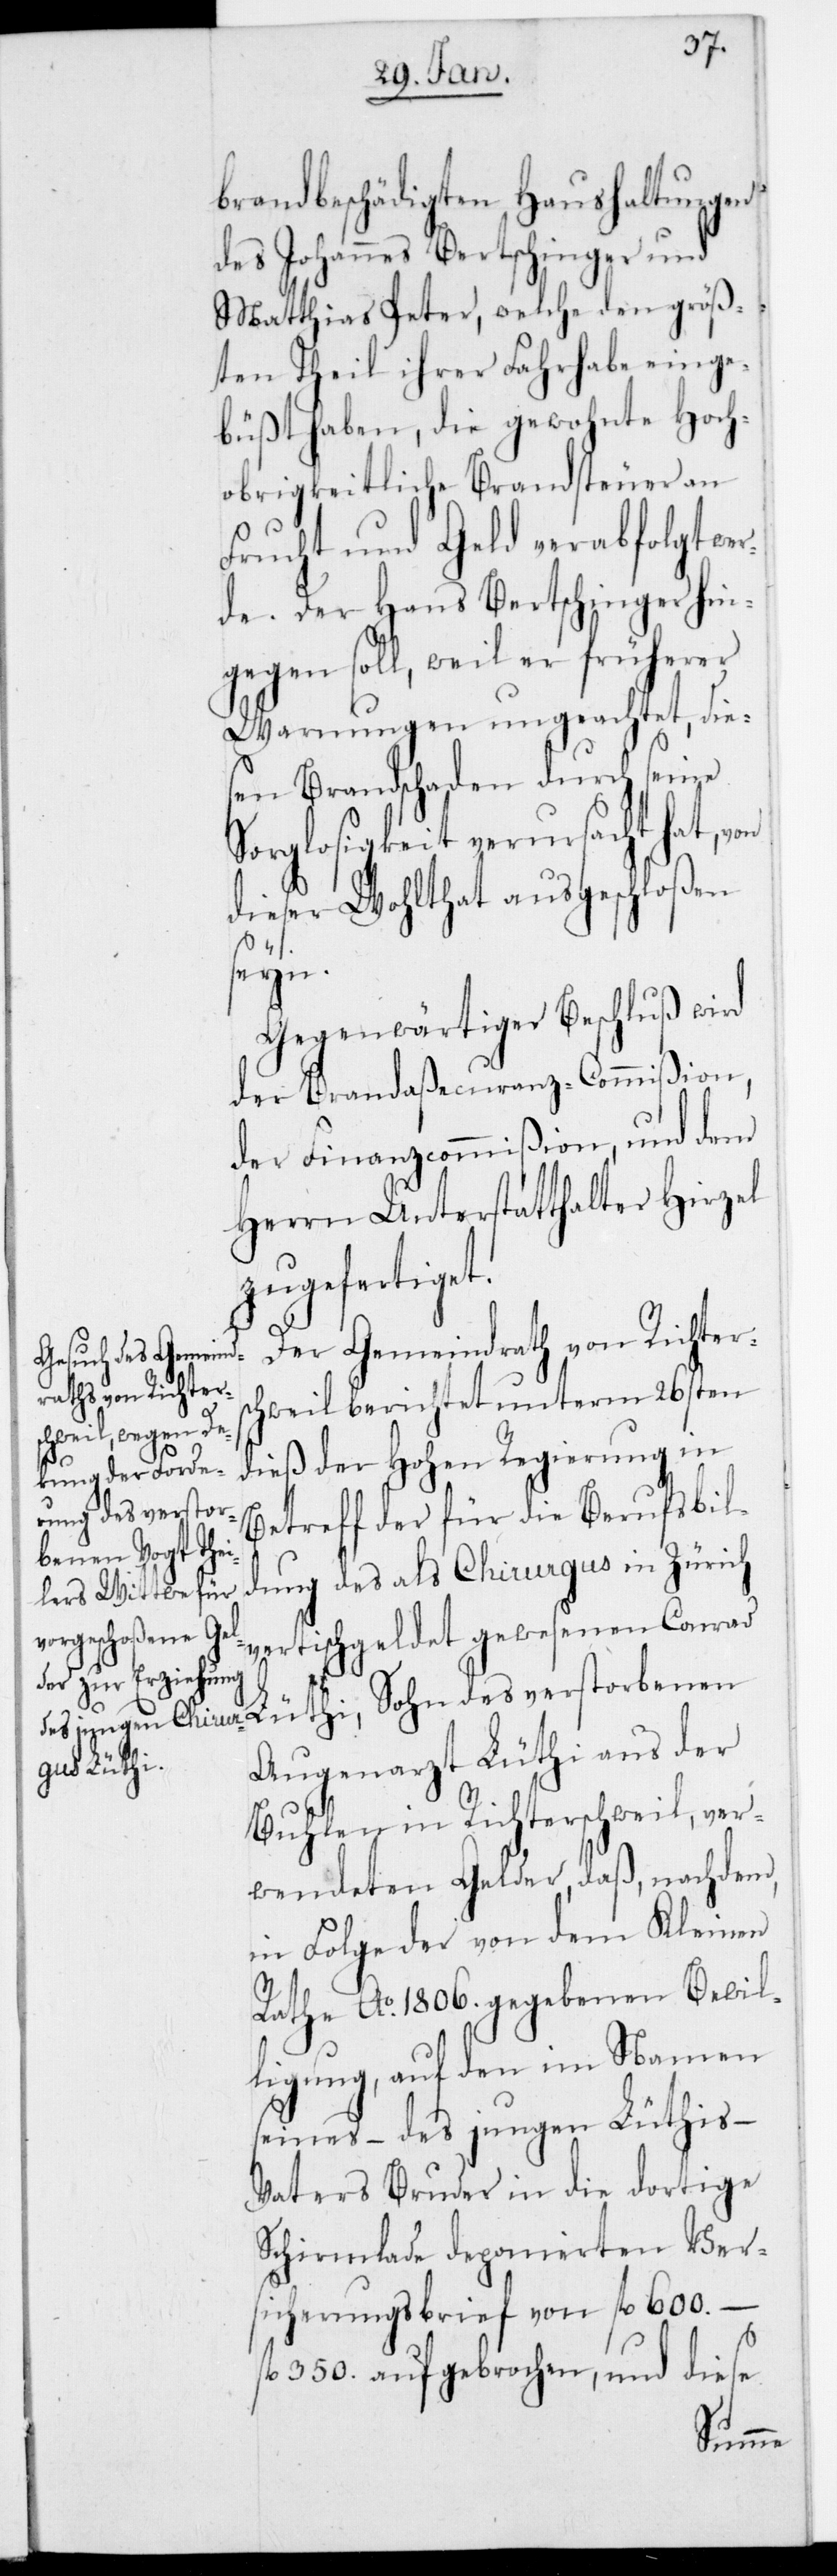
brandbeschädigten Haushaltungen
des Johannes Bertschinger und
Matthias Peter, welche den größ¬
ten Theil ihrer Fahrhabe einge¬
büßt haben, die gewohnte Hoch¬
obrigkeitliche Brandsteuer an
Frucht und Geld verabfolgt wer¬
de. Der Hans Bertschinger hin¬
gegen soll, weil er früherer
Warnungen ungeachtet, die¬
sen Brandschaden durch seine
Sorglosigkeit verursacht hat,
dieser Wohltat ausgeschloßen
benen
Gegenwärtiger Beschluß wird
der Brandaßecuranz-Commißion,
der Finanzcommißion und dem
Herrn Unterstatthalter Hirzel
zugefertiget.
Der Gemeindrath von Richters¬
chweil berichtet unterm 26sten
dieß der Hohen Regierung in
Sohn des verstor¬
Betreff der für die Berufsbil¬
dung des als Chirurgus in Zürich
vertischgeldet gewesenen Conrad
Augenarzt Lüthi aus der
Buhlen in Richterschweil, ver¬
wendeten Gelder, daß, nachdem,
in Folge der von dem Kleinen
Rathe Ao 1806. gegebenen Bewil¬
ligung, auf den im Namen
seines, – des jungen Lüthis –
Vaters Bruder in die dortige
Schirmlade deponierten Ver¬
sicherungsbrief von fl. 600., –
fl. 350. aufgebrochen, und diese